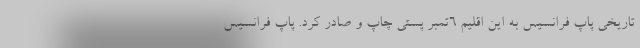
تاریخی پاپ فرانسیس به این اقلیم ۶تمبر پستی چاپ و صادر کرد. پاپ فرانسیس